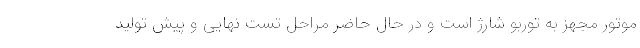
موتور مجهز به توربو شارژ است و در حال حاضر مراحل تست نهایی و پیش تولید